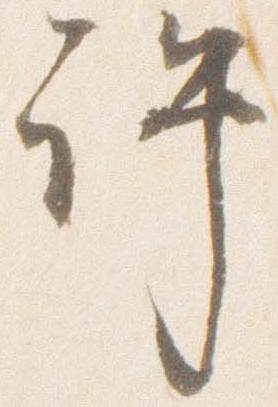
許